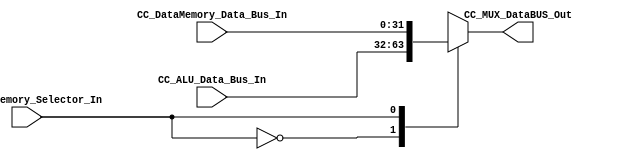
module MUX_C #(parameter DATAWIDTH_BUS=32)(
	//////////// OUTPUTS //////////
	CC_MUX_DataBUS_Out,
	//////////// INPUTS //////////
	CC_ALU_Data_Bus_In,
	CC_DataMemory_Data_Bus_In,
	CC_DataMemory_Selector_In
);
//=======================================================
//  PARAMETER declarations
//=======================================================

//=======================================================
//  PORT declarations
//=======================================================
	output reg [DATAWIDTH_BUS-1:0] CC_MUX_DataBUS_Out;
	input	[DATAWIDTH_BUS-1:0] CC_DataMemory_Data_Bus_In;
	input	[DATAWIDTH_BUS-1:0] CC_ALU_Data_Bus_In;
	input CC_DataMemory_Selector_In;

//=======================================================
//  REG/WIRE declarations
//=======================================================

//=======================================================
//  Structural coding
//=======================================================
//INPUT LOGIC: COMBINATIONAL
	always@(*)
	begin
	case (CC_DataMemory_Selector_In)	
	// Example to more outputs: WaitStart: begin sResetCounter = 0; sCuenteUP = 0; end
		
		1'b0: CC_MUX_DataBUS_Out = CC_ALU_Data_Bus_In;
		1'b1: CC_MUX_DataBUS_Out = CC_DataMemory_Data_Bus_In;

		default : CC_MUX_DataBUS_Out = CC_DataMemory_Data_Bus_In; 
		endcase
	end
//=======================================================
//  Outputs
//=======================================================
// OUTPUT LOGIC : COMBINATIONAL

endmodule